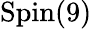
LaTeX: \mathrm{Spin}(9)